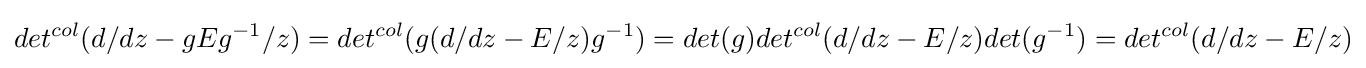
det^{col}(d/dz-gEg^{-1}/z)=det^{col}(g(d/dz-E/z)g^{-1})=det(g)det^{col}(d/dz-E/z)det(g^{-1})=det^{col}(d/dz-E/z)